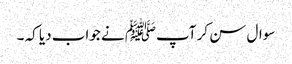
سوال سن کر آپﷺ نے جواب دیا کہ ۔